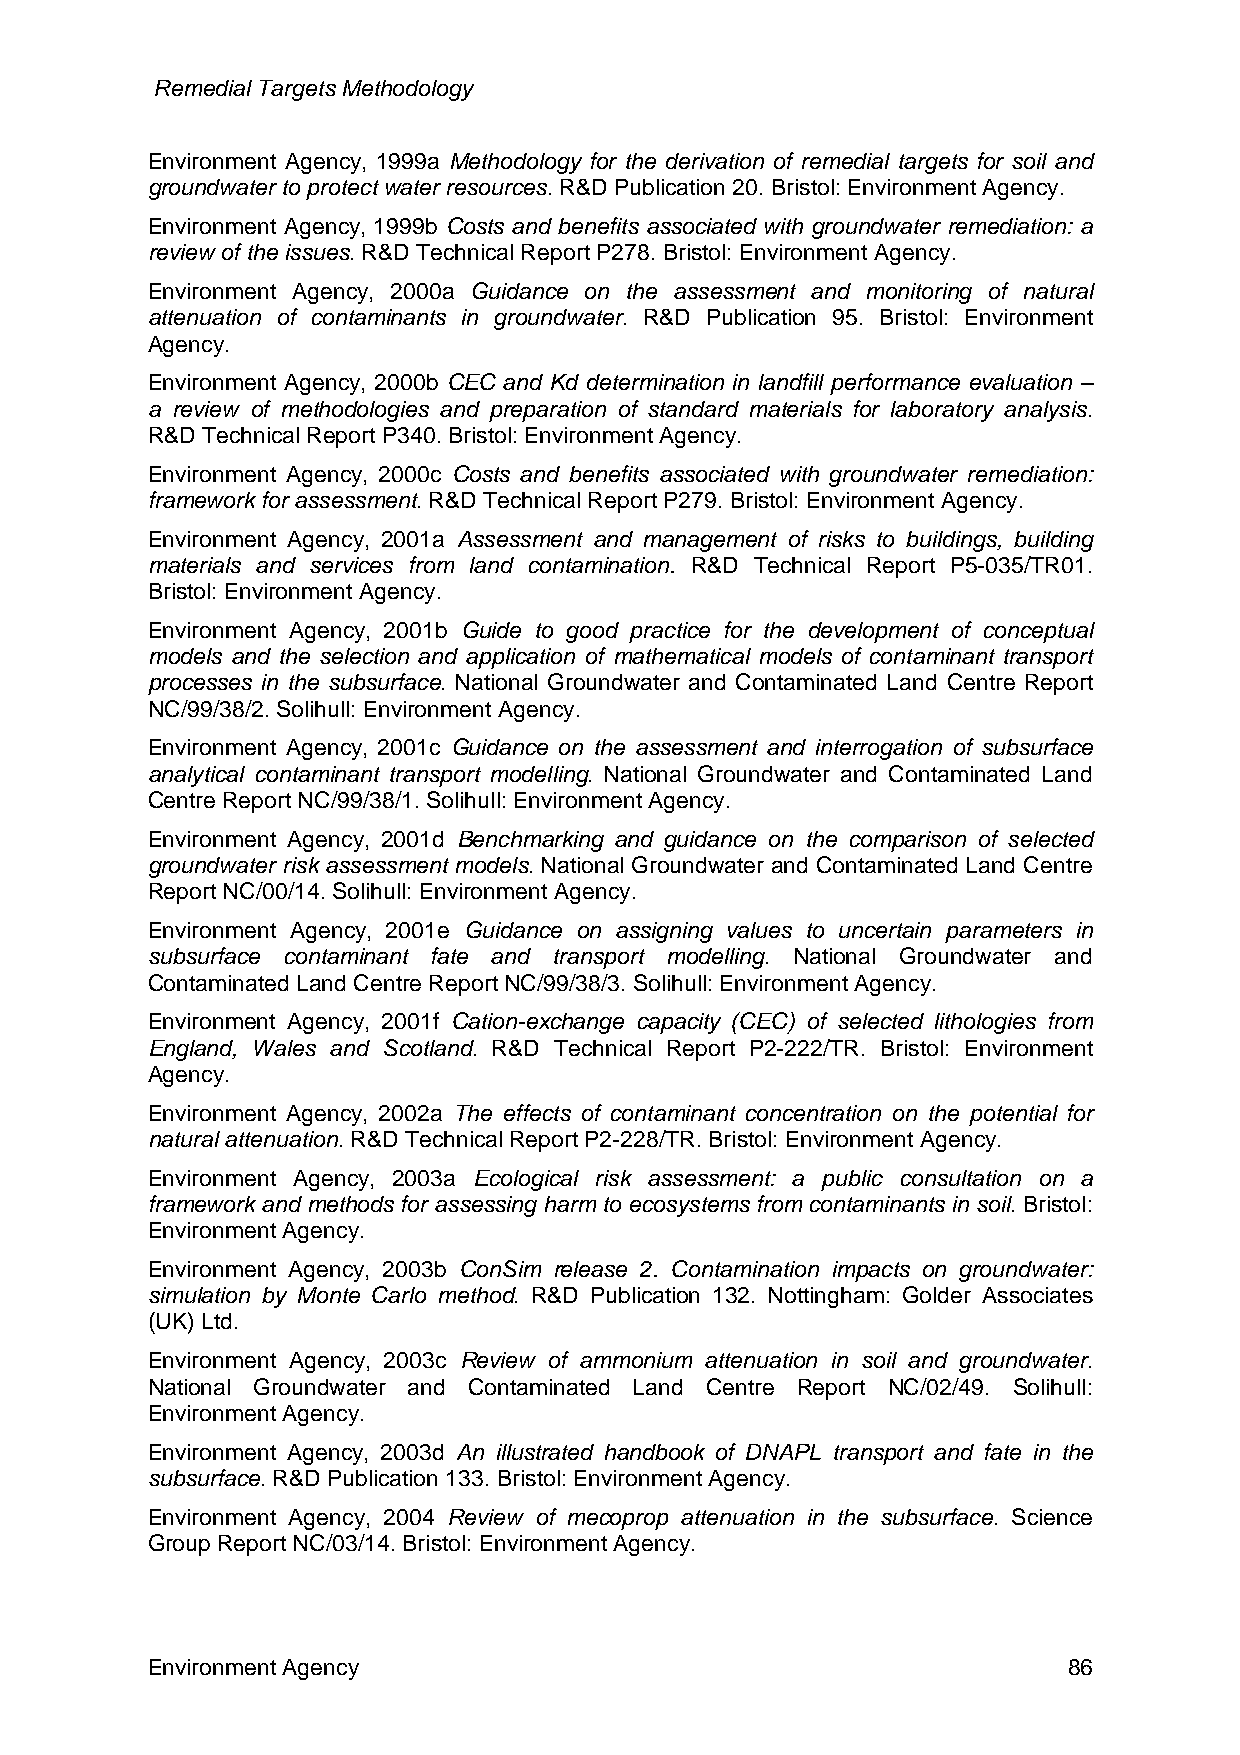
Remedial Targets Methodology
 Environment Agency, 1999a Methodology for the derivation of remedial targets for soil and
 groundwater to protect water resources. R&D Publication 20. Bristol: Environment Agency.
 Environment Agency, 1999b Costs and benefits associated with groundwater remediation: a
 review of the issues. R&D Technical Report P278. Bristol: Environment Agency.
 Environment Agency, 2000a Guidance on the assessment and monitoring of natural
 attenuation of contaminants in groundwater. R&D Publication 95. Bristol: Environment
 Agency.
 Environment Agency, 2000b CEC and Kd determination in landfill performance evaluation –
 a review of methodologies and preparation of standard materials for laboratory analysis.
 R&D Technical Report P340. Bristol: Environment Agency.
 Environment Agency, 2000c Costs and benefits associated with groundwater remediation:
 framework for assessment. R&D Technical Report P279. Bristol: Environment Agency.
 Environment Agency, 2001a Assessment and management of risks to buildings, building
 materials and services from land contamination. R&D Technical Report P5-035/TR01.
 Bristol: Environment Agency.
 Environment Agency, 2001b Guide to good practice for the development of conceptual
 models and the selection and application of mathematical models of contaminant transport
 processes in the subsurface. National Groundwater and Contaminated Land Centre Report
 NC/99/38/2. Solihull: Environment Agency.
 Environment Agency, 2001c Guidance on the assessment and interrogation of subsurface
 analytical contaminant transport modelling. National Groundwater and Contaminated Land
 Centre Report NC/99/38/1. Solihull: Environment Agency.
 Environment Agency, 2001d Benchmarking and guidance on the comparison of selected
 groundwater risk assessment models. National Groundwater and Contaminated Land Centre
 Report NC/00/14. Solihull: Environment Agency.
 Environment Agency, 2001e Guidance on assigning values to uncertain parameters in
 subsurface contaminant fate and transport modelling. National Groundwater and
 Contaminated Land Centre Report NC/99/38/3. Solihull: Environment Agency.
 Environment Agency, 2001f Cation-exchange capacity (CEC) of selected lithologies from
 England, Wales and Scotland. R&D Technical Report P2-222/TR. Bristol: Environment
 Agency.
 Environment Agency, 2002a The effects of contaminant concentration on the potential for
 natural attenuation. R&D Technical Report P2-228/TR. Bristol: Environment Agency.
 Environment Agency, 2003a Ecological risk assessment: a public consultation on a
 framework and methods for assessing harm to ecosystems from contaminants in soil. Bristol:
 Environment Agency.
 Environment Agency, 2003b ConSim release 2. Contamination impacts on groundwater:
 simulation by Monte Carlo method. R&D Publication 132. Nottingham: Golder Associates
 (UK) Ltd.
 Environment Agency, 2003c Review of ammonium attenuation in soil and groundwater.
 National Groundwater and Contaminated Land Centre Report NC/02/49. Solihull:
 Environment Agency.
 Environment Agency, 2003d An illustrated handbook of DNAPL transport and fate in the
 subsurface. R&D Publication 133. Bristol: Environment Agency.
 Environment Agency, 2004 Review of mecoprop attenuation in the subsurface. Science
 Group Report NC/03/14. Bristol: Environment Agency.
 Environment Agency                                           86